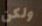
ولكن